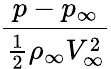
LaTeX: \frac{p-p_{\infty}}{\frac 12\rho_{\infty}V_{\infty}^{2}}